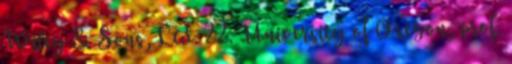
Wiley & Sons, Ltd. 22. University of Oregon, prof.